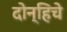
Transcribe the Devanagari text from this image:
दोन्हिचे